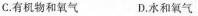
C.有机物和氧气 D.水和氧气